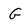
Character: G